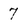
Character: 7